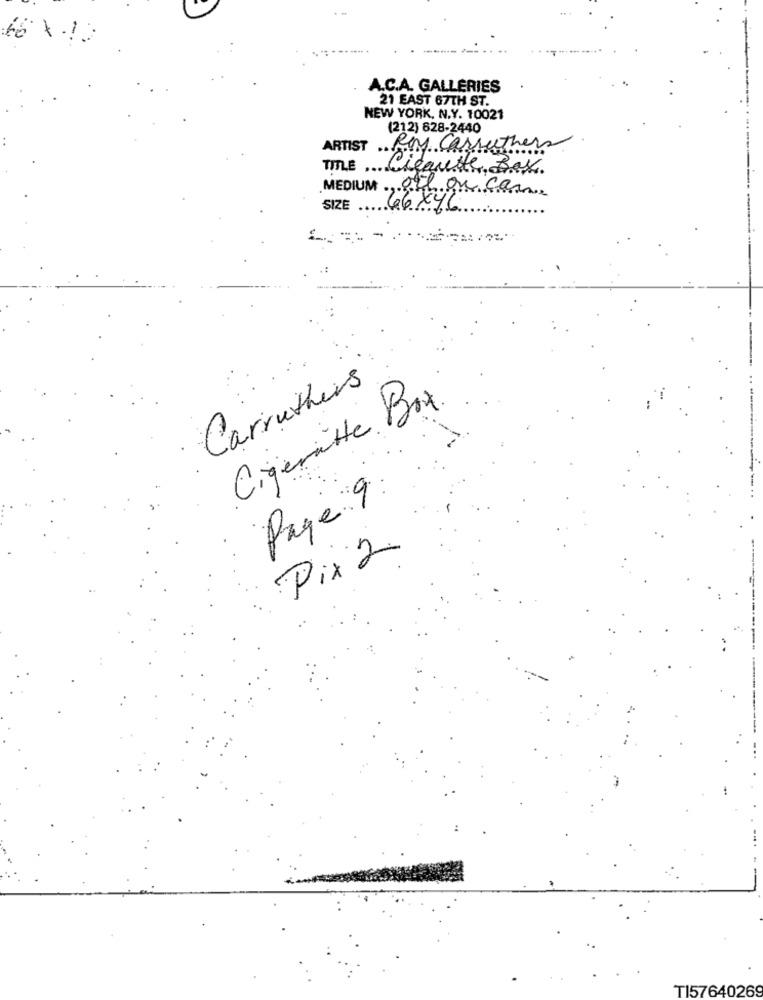
66×10
A.C.A. GALLERIES
21 EAST 67TH ST.
NEW YORK, N.Y. 10021
(212) 828-2440
ARTIST
Roy Carruth
TIME Ligante Bas
MEDIUM Oil ou can
66x4
SIZE
Carruthers
Cigenatte Box
0
Page 9:
Pix 2
TI57640269